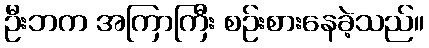
ဦးဘက အကြာကြီး စဉ်းစားနေခဲ့သည်။